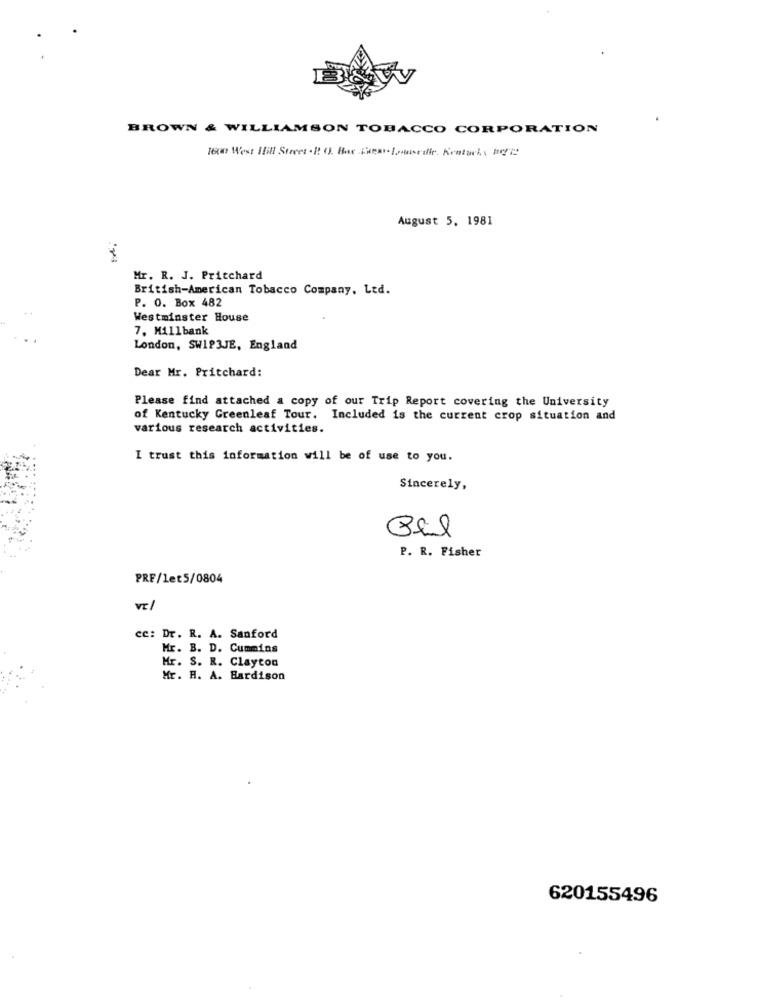
BROWN & WILLIAMSON TOBACCO CORPORATION
1600 West Hill Street .I. O. Bar Fuese- Lombardie. Kentachs Re2
August 5, 1981
Mr. R. J. Pritchard
British-American Tobacco Company. Ltd.
P. O. Box 482
Westminster House
7. Millbank
London, SWIP3JE, England
Dear Mr. Pritchard:
Please find attached a copy of our Trip Report covering the University
of Kentucky Greenleaf Tour. Included is the current crop situation and
various research activities.
I trust this information will be of use to you.
Sincerely,
P. R. Fisher
PRF/1et5/0804
vel
cc: Dr. R. A. Sanford
Mr. B. D. Cummins
Hr. S. R. Clayton
Mr. H. A. Hardison
620155496